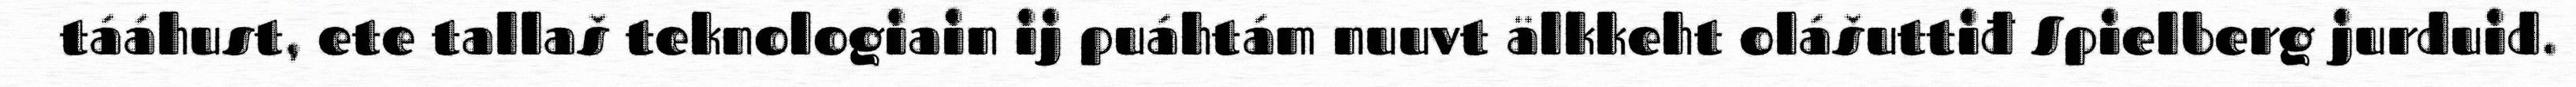
tááhust, ete tallaš teknologiain ij puáhtám nuuvt älkkeht olášuttiđ Spielberg jurduid.